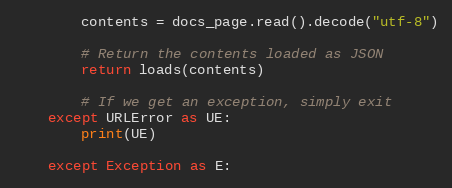
Language: Python
        contents = docs_page.read().decode("utf-8")

        # Return the contents loaded as JSON
        return loads(contents)

        # If we get an exception, simply exit
    except URLError as UE:
        print(UE)

    except Exception as E: